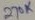
Text: 270K